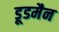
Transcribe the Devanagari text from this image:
डूडमैन